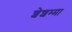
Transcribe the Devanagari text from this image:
शेशम्मा